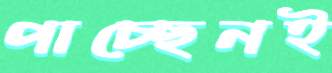
পাচ্ছেনই